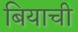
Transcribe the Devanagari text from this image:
बियाची